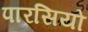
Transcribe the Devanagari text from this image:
पारसियो